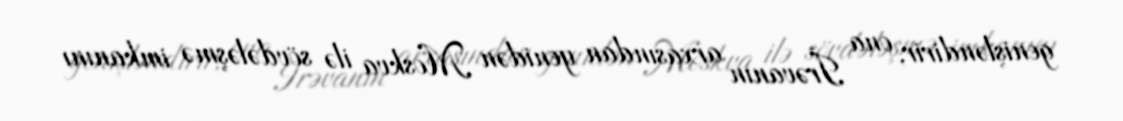
genişləndirir, ona İrəvanın arxasından yenidən Moskva ilə sövdələşmə imkanını